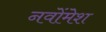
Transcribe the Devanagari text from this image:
नवोंमेश